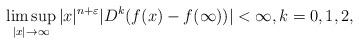
LaTeX: \begin{align*} \limsup _ { | x | \rightarrow \infty } | x | ^ { n + \varepsilon } | D^k( f ( x ) - f ( \infty ) ) | < \infty,k=0,1,2, \end{align*}